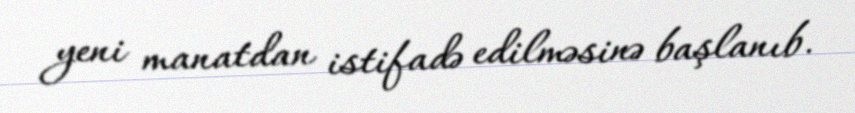
yeni manatdan istifadə edilməsinə başlanıb.